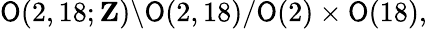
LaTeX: \mathsf{O}(2,18;{\mathbf{Z}})\backslash\mathsf{O}(2,18)/\mathsf{O}(2)\times\mathsf{O}(18),